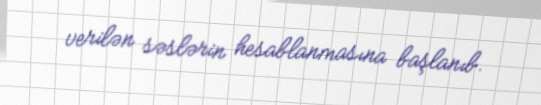
verilən səslərin hesablanmasına başlanıb.